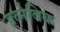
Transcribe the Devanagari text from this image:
हव्नेविक